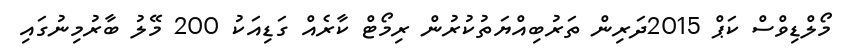
މޯލްޑިވްސް ކަޕް 2015ދަރިން ތަރުބިއްޔަތުކުރުން ރިމޯޓް ކާރެއް ގަޑިއަކު 200 މޭލު ބާރުމިނުގައި